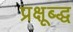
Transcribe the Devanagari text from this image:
प्रक्षूब्द्ध